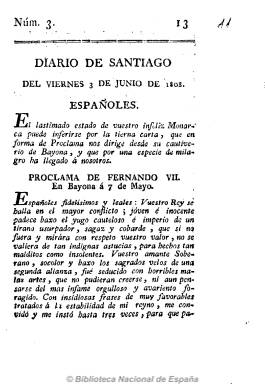
Título: Diario de Santiago (Reimp. en Murcia)
Colección: Periódicos anteriores a 1850
Ámbito geográfico: Murcia
Lugar de publicación: Murcia
Fechas: 03/06/1808-03/06/1808

Se trata de la reimpresión en Murcia, por orden de la Junta y con licencia en Sevilla por la imprenta de la Viuda de Vázquez y Compañía, de sólo el número 3, del 3 de junio de 1808, y de cuatro páginas, del considerado primer diario de Santiago (A Coruña). Contiene la Proclama de Fernando VII, fechada en Bayona el 7 de mayo de ese año, en la que el joven monarca español, que se considera un “desgraciado Rey” por haber sido “engañado” por su “poca edad” y “ninguna experiencia”, pide desde su cautiverio” a sus “vasallos” que tomen “las armas contra el enemigo”.

De carácter patriótico, Diario de Santiago comenzó a publicarse el uno de junio de 1808, precisamente al día siguiente del levantamiento popular en esta ciudad, por el impresor y librero Manuel María de Vila. Este título pudo cesar el 21 de enero de 1809, coincidiendo con la entrada de las tropas francesas en Santiago, y el uno de mayo de este año reaparecerá con el título de Cantón compostelano.

La Real Academia Galega tiene on line su colección casi completa, con algunos ejemplares fotocopiados, de este diario. En octubre de 2008, el Consello de Cultura de la Xunta de Galicia edita en facsímil esta colección, que  llega hasta el 12 de enero de 1809, en la obra en cuatro volúmenes titulada Primeiros diarios Galegos (1808-1809). Gómez Imaz (1910) señala la existencia de papeles de 1809 referentes a este periódico en el Archivo Histórico Nacional.